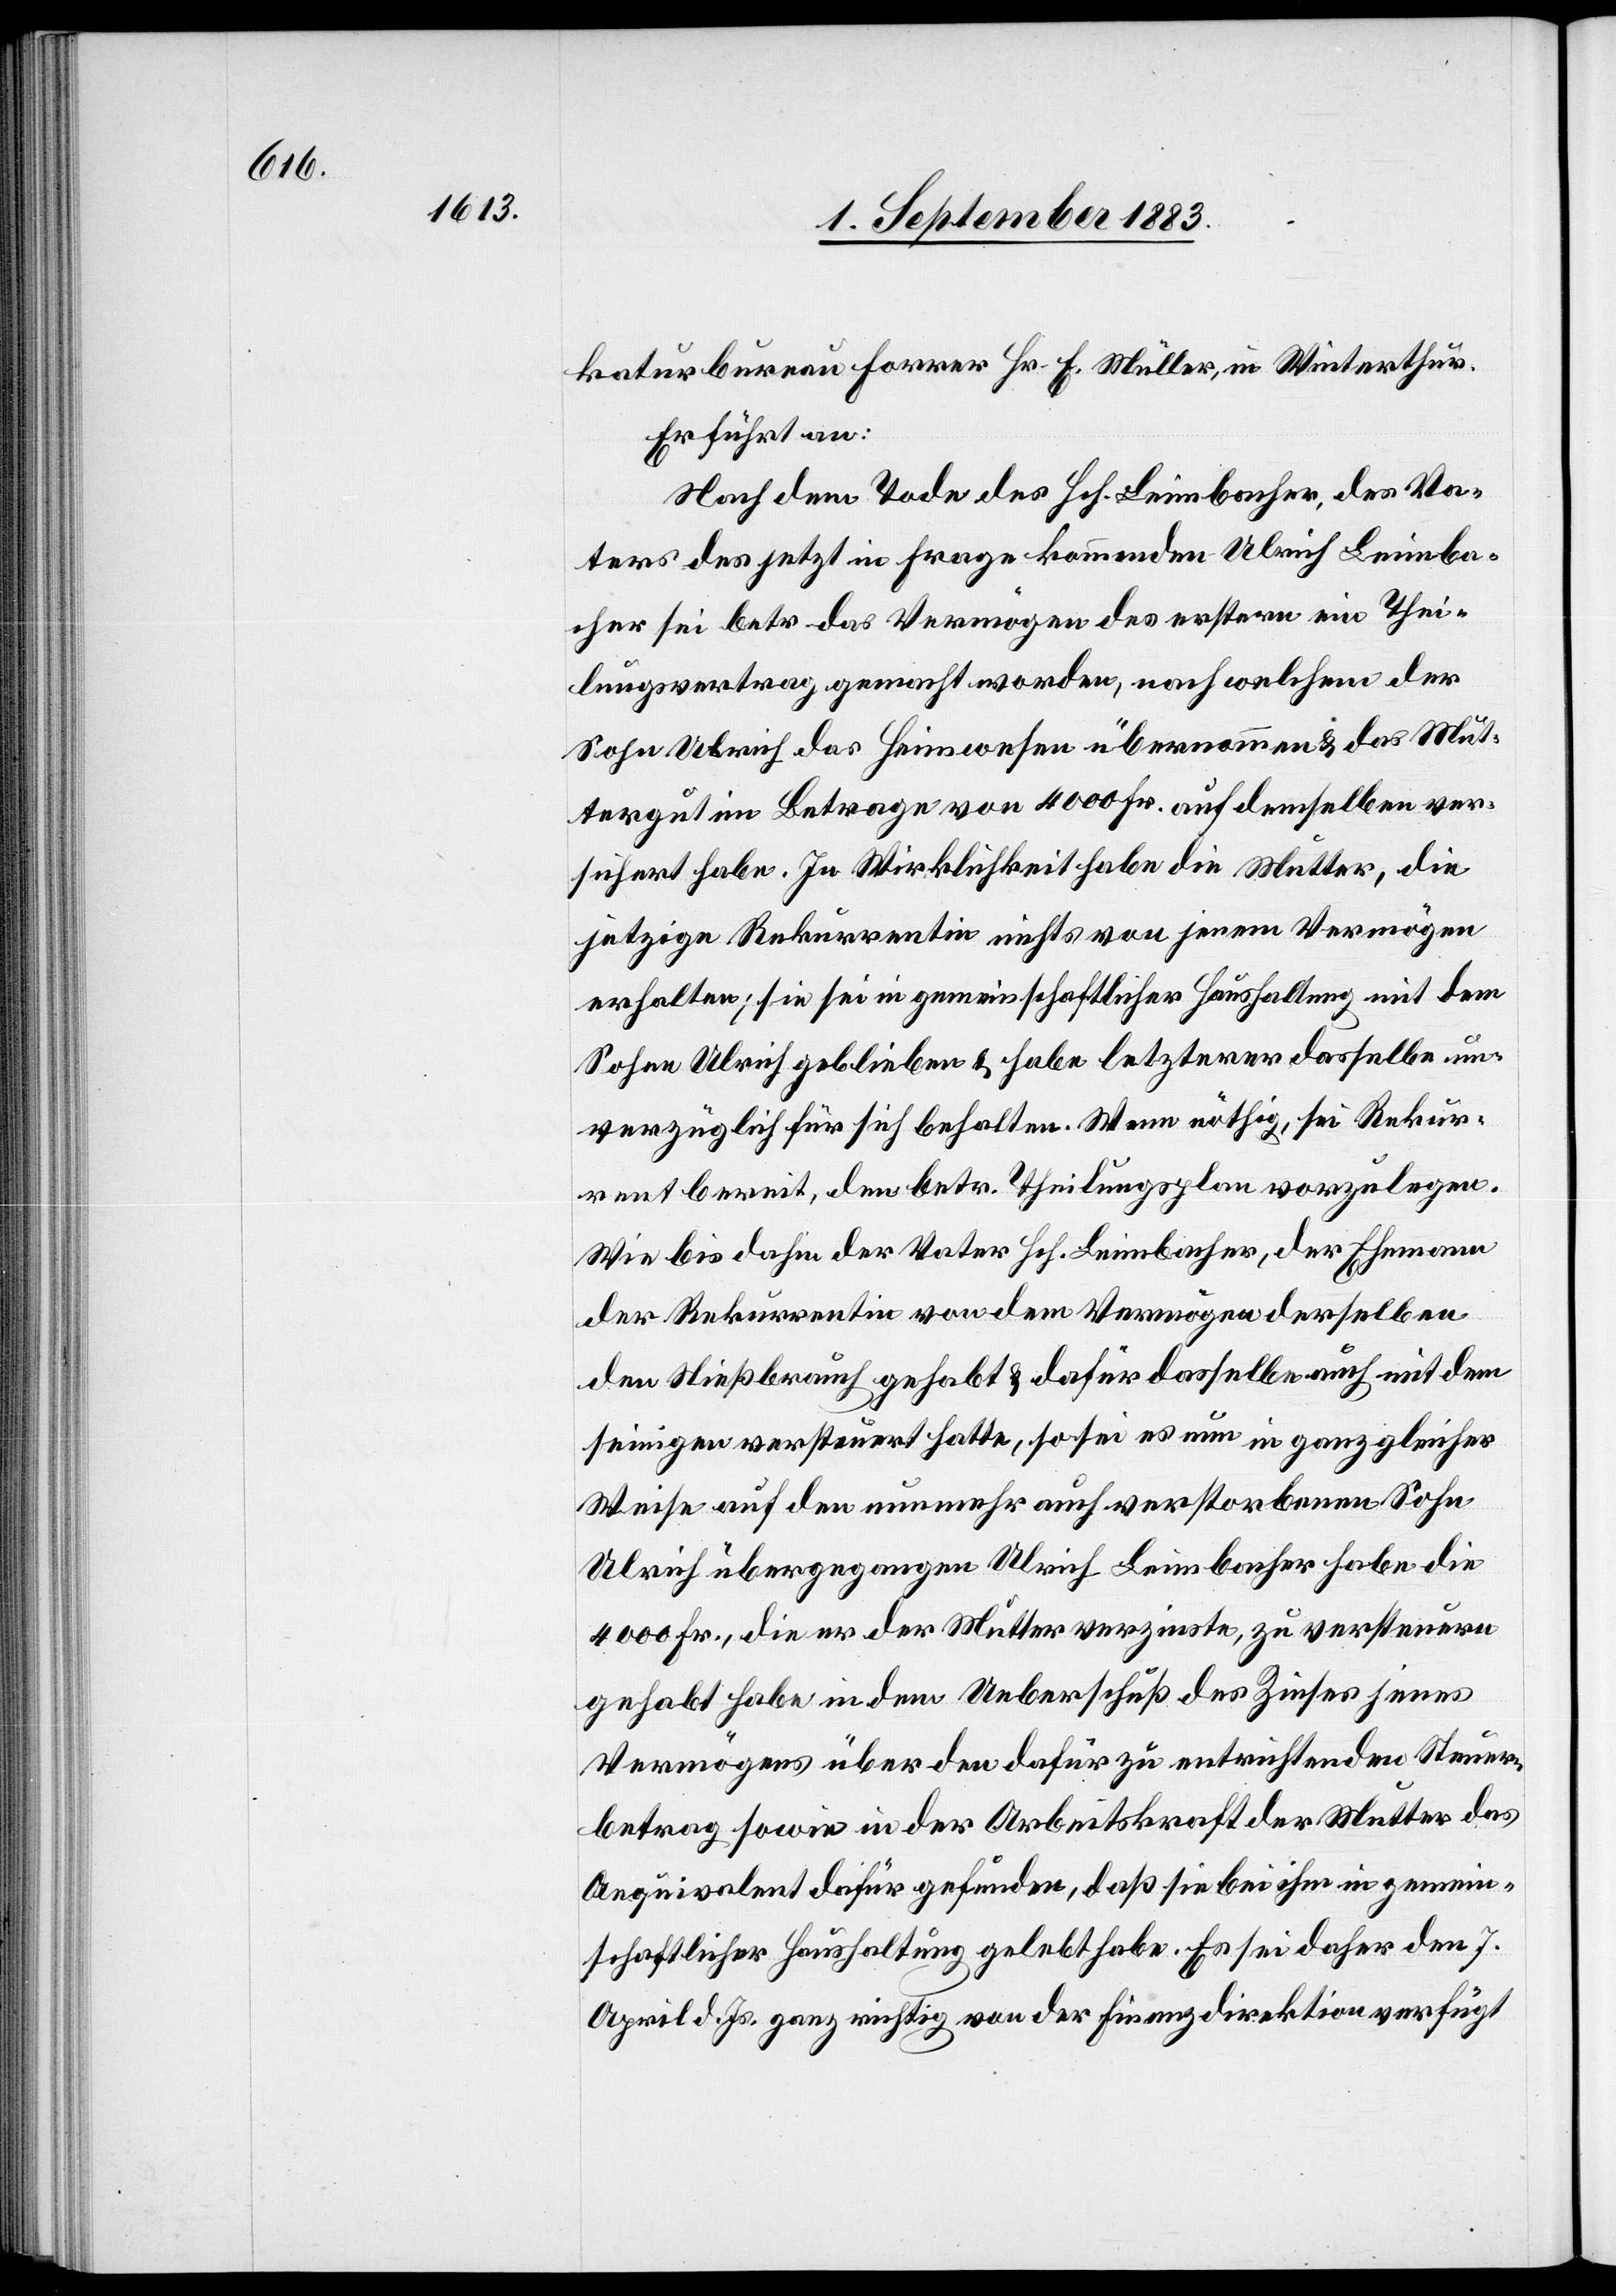
katurbureau Forrer Hr. E. Müller, in Winterthur.
Er führt an:
Nach dem Tode des Hch. Leimbacher, des Va¬
ters des jetzt in Frage kommenden Ulrich Leimba¬
cher sei betr. das Vermögen des erstern ein Thei¬
lungsvertrag gemacht worden, nach welchem der
Sohn Ulrich das Heimwesen übernommen & das Mut¬
tergut im Betrage von 4000 Fr. auf demselben ver¬
sichert habe. In Wirklichkeit habe die Mutter, die
jetzige Rekurrentin nichts von jenem Vermögen
erhalten; sie sei in gemeinschaftlicher Haushaltung mit dem
Sohne Ulrich geblieben & habe letzterer dasselbe un¬
verzüglich für sich behalten. Wenn nöthig, sei Rekur¬
rentin bereit, den betr. Theilungsplan vorzulegen.
Wie bis dahin der Vater Hch. Leimbacher, der Ehemann
der Rekurrentin von dem Vermögen derselben
den Nießbrauch gehabt & dafür dasselbe auch mit dem
seinigen versteuert hatte, so sei es nun in ganz gleicher
Weise auf den nunmehr auch verstorbenen Sohn
Ulrich übergegangen. Ulrich Leimbacher habe die
4000 Fr., die er der Mutter verzinste, zu versteuern
gehabt[,] habe in dem Ueberschuß des Zinses jenes
Vermögens über den dafür zu entrichtenden Steuer¬
betrag sowie in der Arbeitskraft der Mutter das
Aequivalent dafür gefunden, daß sie bei ihm in gemein¬
schaftlicher Haushaltung gelebt habe. Es sei daher den 7.
April d. Js. ganz richtig von der Finanzdirektion verfügt